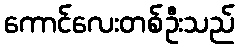
ကောင်လေးတစ်ဦးသည်